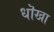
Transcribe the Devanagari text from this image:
धॊखा